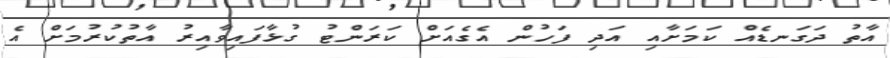
އާތު ދަގަނޑެއް ކަމަށާއި އަދި ފަހުން އެގެއަށް ކަރަންޓު ގުޅާފައިވާއިރު އާތުކުރުމަށް އެ